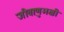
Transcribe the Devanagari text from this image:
जीवाणुभक्षी